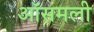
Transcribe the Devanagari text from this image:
ऑसमली